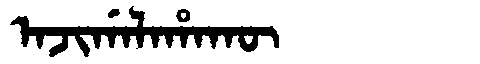
Manchu: ᠠᠵᡳᡤᠠᠯᠠᡥᠠᡴᡡ
Romanization: AJIGALAHAKŪ